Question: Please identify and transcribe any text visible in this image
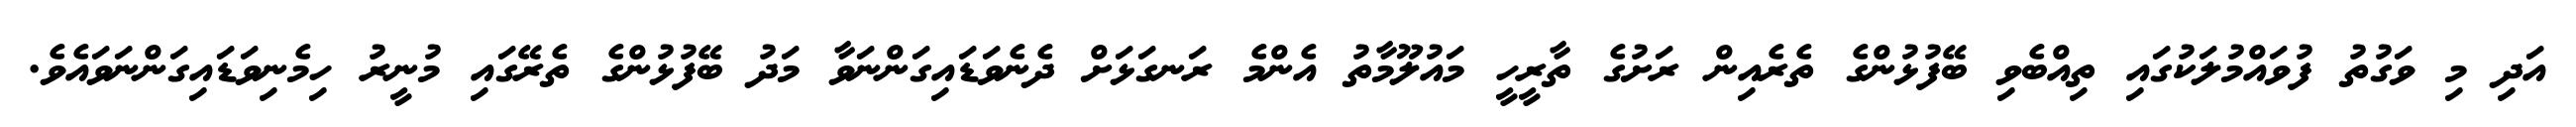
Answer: އަދި މި ވަގުތު ފުވައްމުލަކުގައި ތިއްބެވި ބޭފުޅުންގެ ތެރެއިން ރަށުގެ ތާރީހީ މައުލޫމާތު އެންމެ ރަނގަޅަށް ދެނެވަޑައިގަންނަވާ މަދު ބޭފުޅުންގެ ތެރޭގައި މުނީރު ހިމެނިވަޑައިގަންނަވައެވެ.